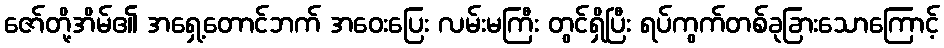
ဇော်တို့အိမ်၏ အရှေ့တောင်ဘက် အဝေးပြေး လမ်းမကြီး တွင်ရှိပြီး ရပ်ကွက်တစ်ခုခြားသောကြောင့်